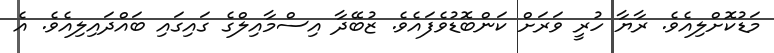
މަޑުކޮށްލިއެވެ. ރާޔާ ހުރީ ވަރަށް ކަންބޮޑުވެފައެވެ. ޒުބޭދާ އިސްމާއިލްގެ ގައިގައި ބައްދައިލިއެވެ. އެ